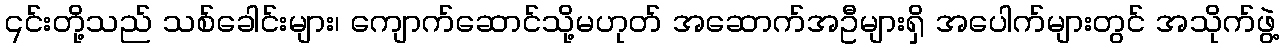
၎င်းတို့သည် သစ်ခေါင်းများ၊ ကျောက်ဆောင်သို့မဟုတ် အဆောက်အဦများရှိ အပေါက်များတွင် အသိုက်ဖွဲ့